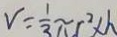
V = \frac { 1 } { 3 } \pi r ^ { 2 } \times h